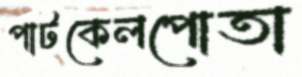
পাটকেলপোতা